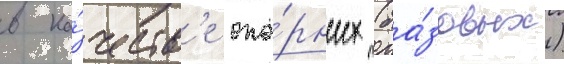
в ка́честв'е опо́рных (ба́зовых)